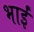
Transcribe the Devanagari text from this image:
भाईं